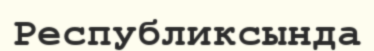
Республиксында